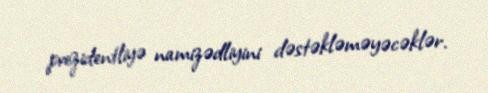
prezidentliyə namizədliyini dəstəkləməyəcəklər.